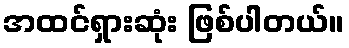
အထင်ရှားဆုံး ဖြစ်ပါတယ်။